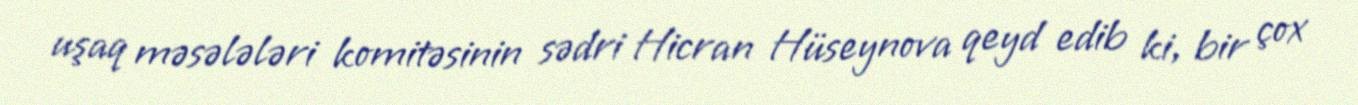
uşaq məsələləri komitəsinin sədri Hicran Hüseynova qeyd edib ki, bir çox